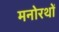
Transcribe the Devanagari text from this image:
मनोरथों